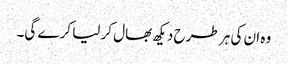
وہ ان کی ہر طرح دیکھ بھال کر لیا کرے گی۔